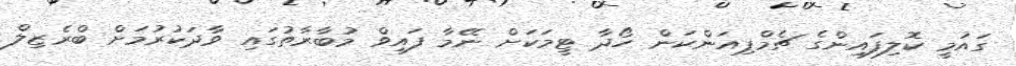
ގައުމީ ކޮލިފައިންގެ ޗެމްޕިއަންކަން ހޯދާ ޓީމަކަށް ނޭމާ ފައިވް މުބާރާތުގައި ވާދަކުރުމަށް ބްރެޒިލް